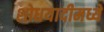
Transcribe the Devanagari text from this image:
शोधयादीमध्ये